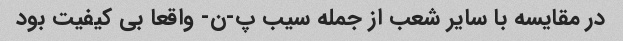
در مقایسه با سایر شعب از جمله سیب پ-ن- واقعا بی کیفیت بود